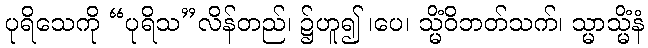
ပုရိသေကို “ပုရိသ”လိန်တည်၊ ၌ဟူ၍ ၊ပေ၊ သ္မိံဝိဘတ်သက်၊ သ္မာသ္မိံနံ